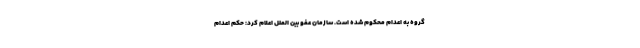
گروه به اعدام محکوم شده است. سازمان عفو بین الملل اعلام کرد: حکم اعدام